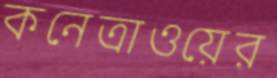
কনেত্রাওয়ের